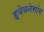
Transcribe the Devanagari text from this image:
ह्वेवनेसांग